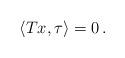
LaTeX: \begin{align*} \langle Tx, \tau\rangle=0\,. \end{align*}